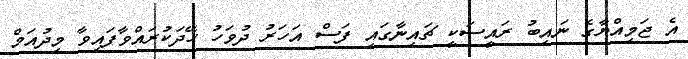
އެ ޖަމިއްޔާގެ ނައިބު ރައީސަކީ ޗައިނާގައި ފަސް އަހަރު ދުވަހު ހޭދަކުރައްވާފައިވާ މިދުއަމް